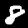
Label: 8